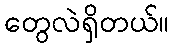
တွေလဲရှိတယ်။